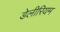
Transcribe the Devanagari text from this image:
डेलीरियम